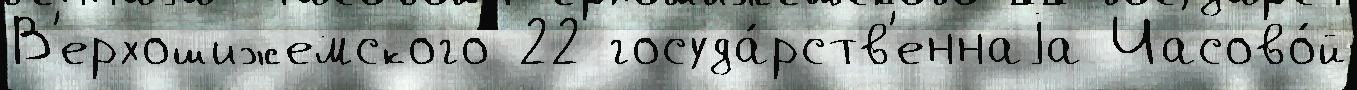
В'ерхошижемского 22 госуда́рств'еннаjа Часово́й